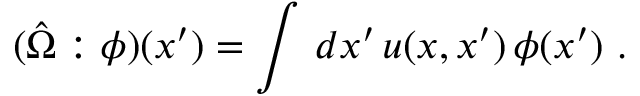
( \hat { \Omega } : \phi ) ( x ^ { \prime } ) = \int \, d x ^ { \prime } \, u ( x , x ^ { \prime } ) \, \phi ( x ^ { \prime } ) ~ .